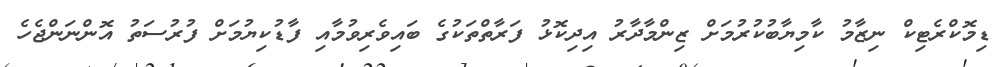
ޑިމޮކްރެޓިކް ނިޒާމު ކާމިޔާބުކުރުމަށް ޒިންމާދާރު އިދިކޮޅު ފަރާތްތަކުގެ ބައިވެރިވުމާއި ފާޑުކިޔުމަށް ފުރުސަތު އޮންނަންޖެހެ